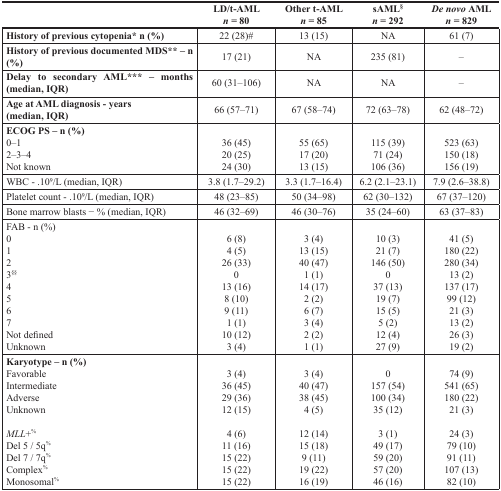
<table><thead><tr><td></td><td><b>LD/t-AML <i>n</i> = 80</b></td><td><b>Other t-AML <i>n</i> = 85</b></td><td><b>sAML<sup>§</sup><i>n</i> = 292</b></td><td><b><i>De novo</i> AML <i>n</i> = 829</b></td></tr></thead><tbody><tr><td><b>History of previous cytopenia* n (%)</b></td><td>22 (28)#</td><td>13 (15)</td><td>NA</td><td>61 (7)</td></tr><tr><td><b>History of previous documented MDS** – n (%)</b></td><td>17 (21)</td><td>NA</td><td>235 (81)</td><td>–</td></tr><tr><td><b>Delay to secondary AML*** – months (median, IQR)</b></td><td>60 (31–106)</td><td>NA</td><td>NA</td><td>–</td></tr><tr><td><b>Age at AML diagnosis - years (median, IQR)</b></td><td>66 (57–71)</td><td>67 (58–74)</td><td>72 (63–78)</td><td>62 (48–72)</td></tr><tr><td><b>ECOG PS – n (%)</b></td><td></td><td></td><td></td><td></td></tr><tr><td>0–1</td><td>36 (45)</td><td>55 (65)</td><td>115 (39)</td><td>523 (63)</td></tr><tr><td>2–3–4</td><td>20 (25)</td><td>17 (20)</td><td>71 (24)</td><td>150 (18)</td></tr><tr><td>Not known</td><td>24 (30)</td><td>13 (15)</td><td>106 (36)</td><td>156 (19)</td></tr><tr><td>WBC - .10<sup>9</sup>/L (median, IQR)</td><td>3.8 (1.7–29.2)</td><td>3.3 (1.7–16.4)</td><td>6.2 (2.1–23.1)</td><td>7.9 (2.6–38.8)</td></tr><tr><td>Platelet count - .10<sup>9</sup>/L (median, IQR)</td><td>48 (23–85)</td><td>50 (34–98)</td><td>62 (30–132)</td><td>67 (37–120)</td></tr><tr><td>Bone marrow blasts − % (median, IQR)</td><td>46 (32–69)</td><td>46 (30–76)</td><td>35 (24–60)</td><td>63 (37–83)</td></tr><tr><td>FAB - n (%)</td><td></td><td></td><td></td><td></td></tr><tr><td>0</td><td>6 (8)</td><td>3 (4)</td><td>10 (3)</td><td>41 (5)</td></tr><tr><td>1</td><td>4 (5)</td><td>13 (15)</td><td>21 (7)</td><td>180 (22)</td></tr><tr><td>2</td><td>26 (33)</td><td>40 (47)</td><td>146 (50)</td><td>280 (34)</td></tr><tr><td>3<sup>§§</sup></td><td>0</td><td>1 (1)</td><td>0</td><td>13 (2)</td></tr><tr><td>4</td><td>13 (16)</td><td>14 (17)</td><td>37 (13)</td><td>137 (17)</td></tr><tr><td>5</td><td>8 (10)</td><td>2 (2)</td><td>19 (7)</td><td>99 (12)</td></tr><tr><td>6</td><td>9 (11)</td><td>6 (7)</td><td>15 (5)</td><td>21 (3)</td></tr><tr><td>7</td><td>1 (1)</td><td>3 (4)</td><td>5 (2)</td><td>13 (2)</td></tr><tr><td>Not defined</td><td>10 (12)</td><td>2 (2)</td><td>12 (4)</td><td>26 (3)</td></tr><tr><td>Unknown</td><td>3 (4)</td><td>1 (1)</td><td>27 (9)</td><td>19 (2)</td></tr><tr><td><b>Karyotype – n (%)</b></td><td></td><td></td><td></td><td></td></tr><tr><td>Favorable</td><td>3 (4)</td><td>3 (4)</td><td>0</td><td>74 (9)</td></tr><tr><td>Intermediate</td><td>36 (45)</td><td>40 (47)</td><td>157 (54)</td><td>541 (65)</td></tr><tr><td>Adverse</td><td>29 (36)</td><td>38 (45)</td><td>100 (34)</td><td>180 (22)</td></tr><tr><td>Unknown</td><td>12 (15)</td><td>4 (5)</td><td>35 (12)</td><td>21 (3)</td></tr><tr><td><i>MLL</i>+<sup>%</sup></td><td>4 (6)</td><td>12 (14)</td><td>3 (1)</td><td>24 (3)</td></tr><tr><td>Del 5 / 5q<sup>%</sup></td><td>11 (16)</td><td>15 (18)</td><td>49 (17)</td><td>79 (10)</td></tr><tr><td>Del 7 / 7q<sup>%</sup></td><td>15 (22)</td><td>9 (11)</td><td>59 (20)</td><td>91 (11)</td></tr><tr><td>Complex<sup>%</sup></td><td>15 (22)</td><td>19 (22)</td><td>57 (20)</td><td>107 (13)</td></tr><tr><td>Monosomal<sup>%</sup></td><td>15 (22)</td><td>16 (19)</td><td>46 (16)</td><td>82 (10)</td></tr></tbody></table>